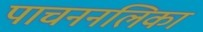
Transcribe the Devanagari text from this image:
पाचननलिका